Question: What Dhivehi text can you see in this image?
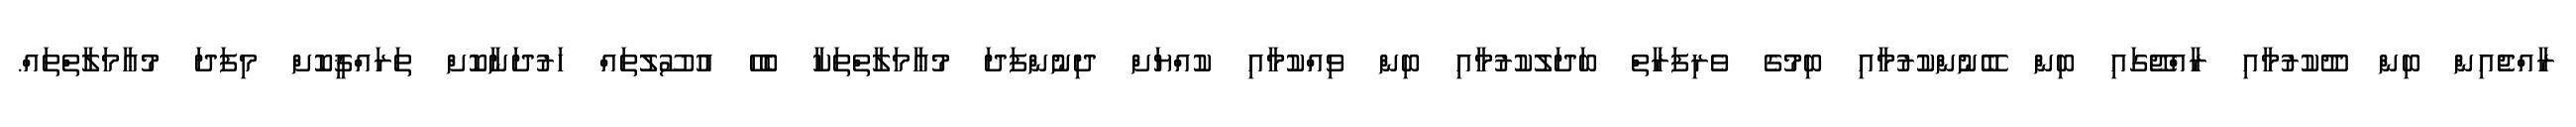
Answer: ރާއްޖެއިން ބިން ދޫކުރުމާއި ރާއްޖޭގައި ބިން ބޭނުންކުރުމާއި ބިމުގެ ވެރިފަރާތް ބަދަލުކުރުމާއި ބިން ވިއްކުމާއި ކުއްޔަށް ދިނުންފަދަ މުޢާމަލާތްތަކާ ބެހޭ އުސޫލުތައް ހަރުދަނާކޮށް ތަރައްޤީކޮށް މިފަދަ މުޢާމަލާތްތައް.